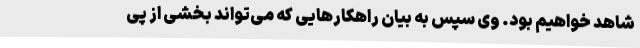
شاهد خواهیم بود. وی سپس به بیان راهکارهایی که می‌تواند بخشی از پی